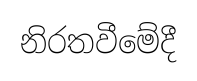
නිරතවීමේදී